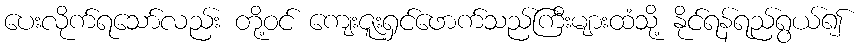
ပေးလိုက်ရသော်လည်း တို့ဝင် ကျေးဇူးရှင်ဖောက်သည်ကြီးများထံသို့ နိုင်ရန်ရည်ရွယ်၍